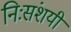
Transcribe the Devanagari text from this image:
निःसंशयी